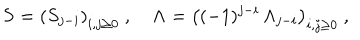
{ \bf S } = \left( S _ { j - i } \right) _ { i , j \geq 0 } \ , \quad { \bf \Lambda } = \left( ( - 1 ) ^ { j - i } \, \Lambda _ { j - i } \right) _ { i , j \geq 0 } \ ,